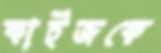
কাইজকে